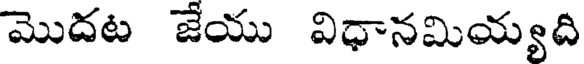
మొదట జేయు విధానమియ్యది